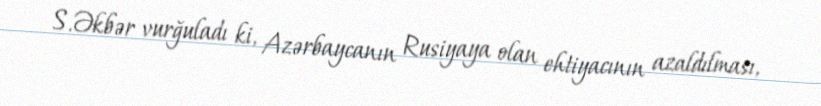
S.Əkbər vurğuladı ki, Azərbaycanın Rusiyaya olan ehtiyacının azaldılması,